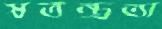
স্বতন্ত্রতা